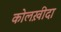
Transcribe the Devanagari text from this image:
कोलख़ीदा